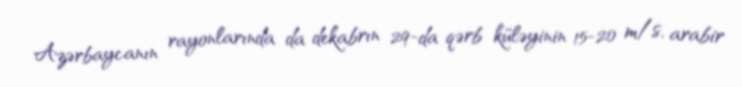
Azərbaycanın rayonlarında da dekabrın 29-da qərb küləyinin 15-20 m/s, arabir